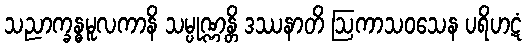
သညာက္ခန္ဓမူလကာနိ သမ္ပုဏ္ဏန္တိ ဒဿနာတိ ဩကာသဝသေန ပရိဟဋံ